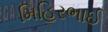
મિહિરભાઈ